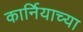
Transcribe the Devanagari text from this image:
कार्नियाच्या